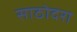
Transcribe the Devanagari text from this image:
साठोदरा